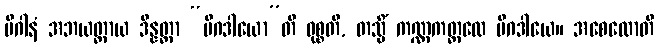
မိဂါနံ အဘယတ္ထာယ ဒိန္နတ္တာ “မိဂဒါယော”တိ ဝုစ္စတိ, တသ္မိံ ကဏ္ဏကတ္ထလေ မိဂဒါယေ။ အစေလောတိ